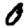
Digit: 0